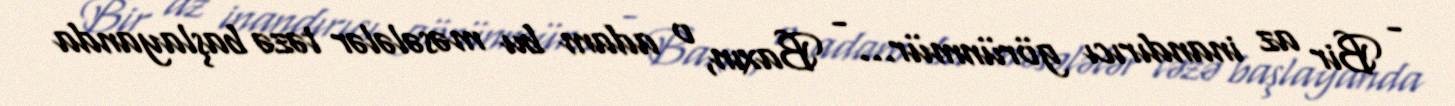
- Bir az inandırıcı görünmür... - Baxın, o adam bu məsələlər təzə başlayanda